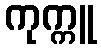
ကုက္ကူ